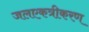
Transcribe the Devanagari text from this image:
जलएकत्रीकरण